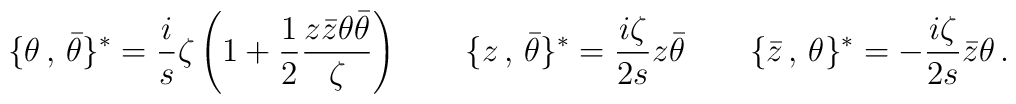
\{\theta\,,\,\bar{\theta}\}^{\ast}= \frac{i}{s}\zeta\left(1+\frac{1}{2}\frac{z\bar{z}\theta\bar{\theta}}{\zeta}\right)\qquad\{z\,,\,\bar{\theta}\}^{\ast}=\frac{i\zeta}{2s}z\bar{\theta}\qquad\{\bar{z}\,,\,\theta\}^{\ast}=-\frac{i\zeta}{2s}\bar{z}\theta\,.